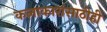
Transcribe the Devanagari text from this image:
कलाकारांसाठीही